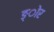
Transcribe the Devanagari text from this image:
ङ्ोर